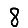
Digit: 8